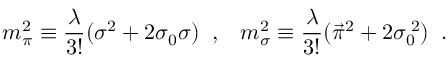
m _ { \pi } ^ { 2 } \equiv \frac { \lambda } { 3 ! } ( \sigma ^ { 2 } + 2 \sigma _ { 0 } \sigma ) \; \; , \; \; \; m _ { \sigma } ^ { 2 } \equiv \frac { \lambda } { 3 ! } ( \vec { \pi } ^ { 2 } + 2 \sigma _ { 0 } ^ { \; 2 } ) \; \; .